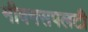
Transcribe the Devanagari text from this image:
मीवनसपलटी